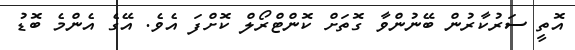
އޮތީ ސަރުކާރުން ބޭނުންވާ ގޮތަށް ކޮންޓްރޯލް ކޮށްފަ އެވެ. އޭގެ އެންމެ ބޮޑު